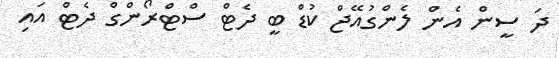
ދަ ސީން އެން ލެންގުއޭޖް ކުޑް ބީ ދެޓް ސްޓްރޯންގް ދެޓް އައި